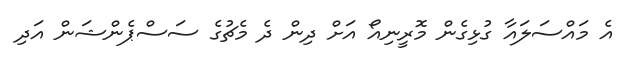
އެ މައްސަލައާ ގުޅިގެން މޮރީނިއޯ އަށް ދިން ދެ މެޗުގެ ސަސްޕެންޝަން އަދި